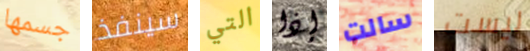
جسمها سينفذ التي إذا سالت ليست